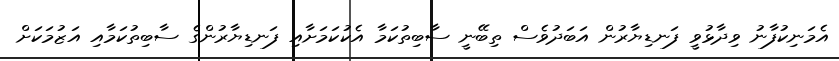
އެމަނިކުފާނު ވިދާޅުވީ ފަނޑިޔާރުން އަބަދުވެސް ތިބޭނީ ސާބިތުކަމާ އެކުކަމަށާއި ފަނޑިޔާރުންގެ ސާބިތުކަމާއި އަޒުމަކަށް